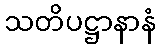
သတိပဋ္ဌာနာနံ